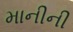
માનીની